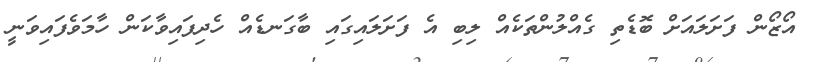
އޯޒޯން ފަށަލައަށް ބޮޑެތި ގެއްލުންތަކެއް ލިބި އެ ފަށަލައިގައި ބާގަނޑެއް ހެދިފައިވާކަން ހާމަވެފައިވަނީ